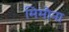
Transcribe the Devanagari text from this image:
मिमौना